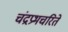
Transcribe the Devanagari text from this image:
चंद्रप्रभचरिते